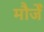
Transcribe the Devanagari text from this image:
मौर्जें